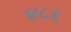
૪૮૬